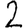
Digit: 2